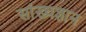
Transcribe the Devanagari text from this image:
सांख्यज्ञान